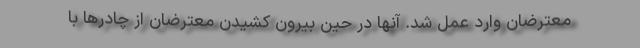
معترضان وارد عمل شد. آنها در حین بیرون کشیدن معترضان از چادرها با